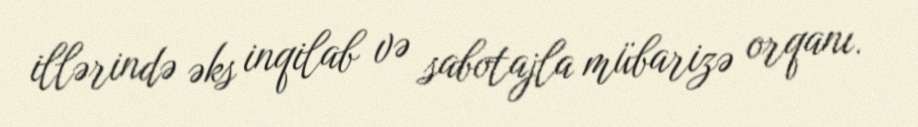
illərində əks inqilab və sabotajla mübarizə orqanı.